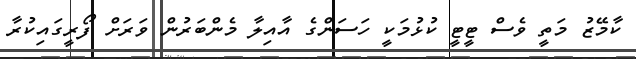
ކާމޭޒު މަތީ ވެސް ޓީޓީ ކުޅުމަކީ ހަސަންގެ އާއިލާ މެންބަރުން ވަރަަށް ފޯރީގައިކުރާ